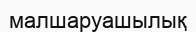
малшаруашылық